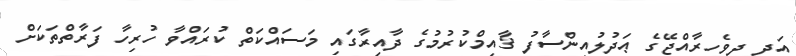
އަދި ދިވެހިރާއްޖޭގެ ޢަދުލުއިންސާފު ޤާއިމްކުރުމުގެ ދާއިރާގައި މަސައްކަތް ކުރައްވާ ހުރިހާ ފަރާތްތަކަށް